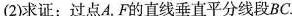
(2)求证：过点A，F的直线垂直平分线段BC。